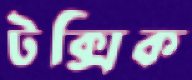
টক্সিক